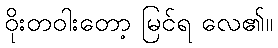
ဝိုးတဝါးတော့ မြင်ရ လေ၏။